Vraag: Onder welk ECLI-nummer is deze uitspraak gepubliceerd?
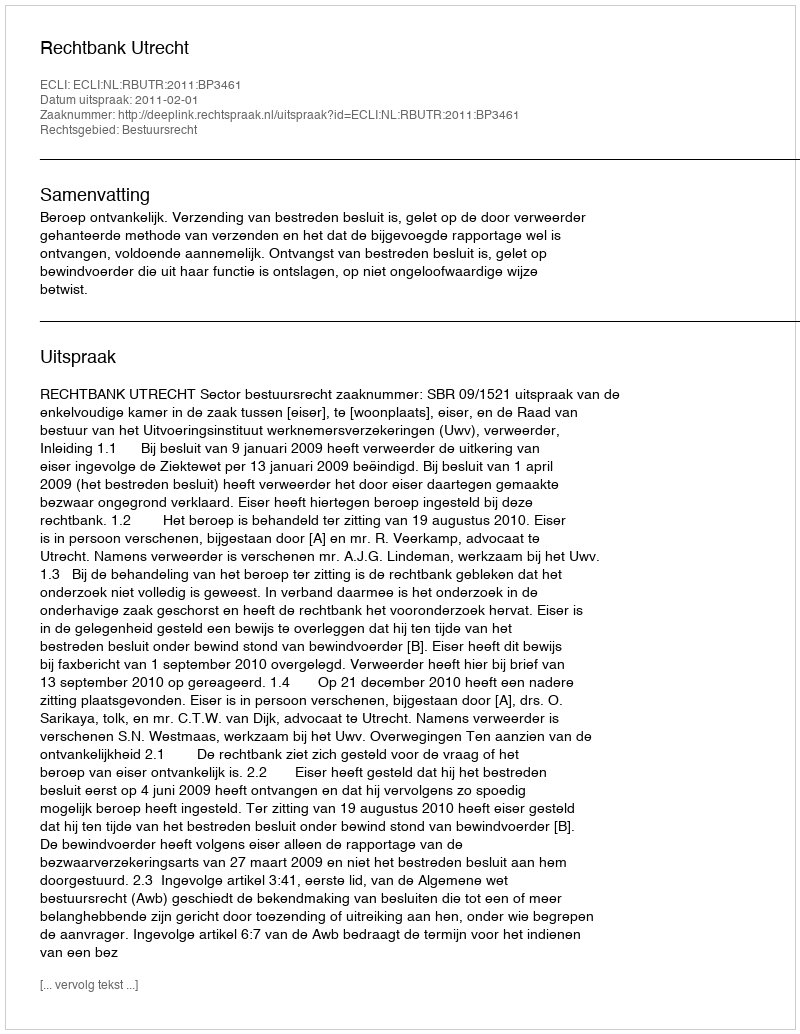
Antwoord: ECLI:NL:RBUTR:2011:BP3461